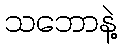
သဘောနဲ့